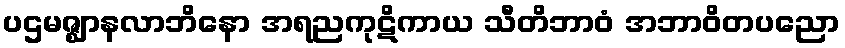
ပဌမဇ္ဈာနလာဘိနော အရညကုဋိကာယ သီတိဘာဝံ အဘာဝိတပညော